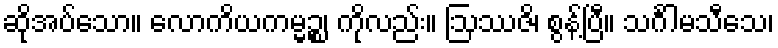
ဆိုအပ်သော။ လောကိယကမ္မဉ္စ၊ ကိုလည်း။ ဩဿဇိ၊ စွန့်ပြီ။ သင်္ဂါမသီသေ၊